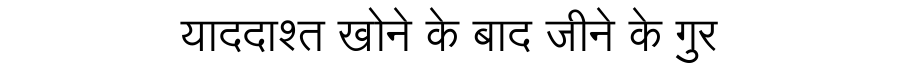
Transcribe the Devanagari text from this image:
याददाश्त खोने के बाद जीने के गुर